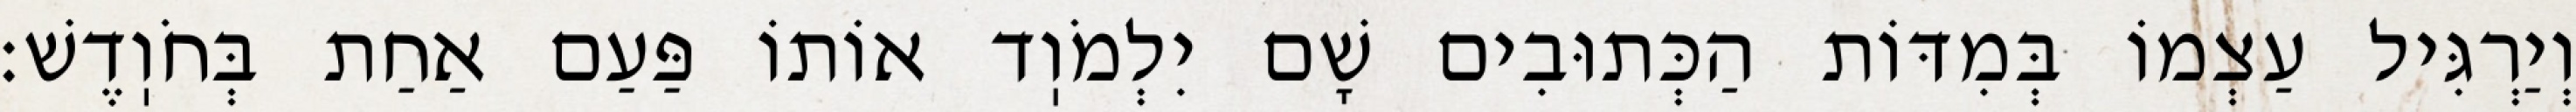
וְיַרְגִּיל עַצְמוֹ בְּמִדּוֹת הַכְּתוּבִים שָׁם יִלְמֹוֽד אוֹתוֹ פַּעַם אַחַת בְּחֹוֽדֶשׁ: